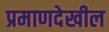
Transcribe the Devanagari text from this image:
प्रमाणदेखील